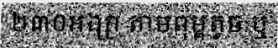
២៣០អង្សា តាមពុម្ពតូច ឬ